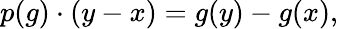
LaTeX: p(g)\cdot(y-x)=g(y)-g(x),